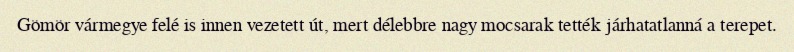
Gömör vármegye felé is innen vezetett út, mert délebbre nagy mocsarak tették járhatatlanná a terepet.